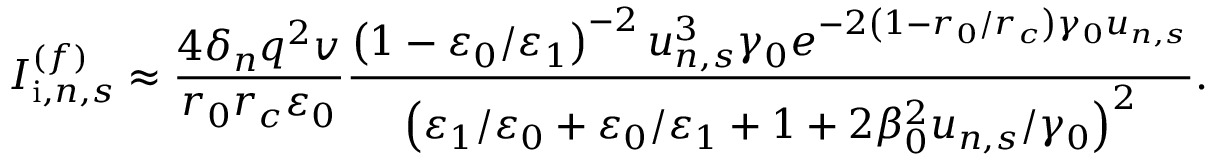
I _ { \mathrm { i } , n , s } ^ { ( f ) } \approx \frac { 4 \delta _ { n } q ^ { 2 } v } { r _ { 0 } r _ { c } \varepsilon _ { 0 } } \frac { \left( 1 - \varepsilon _ { 0 } / \varepsilon _ { 1 } \right) ^ { - 2 } u _ { n , s } ^ { 3 } \gamma _ { 0 } e ^ { - 2 \left( 1 - r _ { 0 } / r _ { c } \right) \gamma _ { 0 } u _ { n , s } } } { \left( \varepsilon _ { 1 } / \varepsilon _ { 0 } + \varepsilon _ { 0 } / \varepsilon _ { 1 } + 1 + 2 \beta _ { 0 } ^ { 2 } u _ { n , s } / \gamma _ { 0 } \right) ^ { 2 } } .